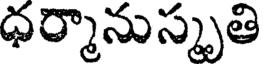
ధర్మానుస్కృతి